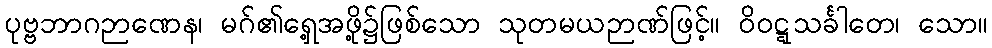
ပုဗ္ဗဘာဂဉာဏေန၊ မဂ်၏ရှေ့အဖို့၌ဖြစ်သော သုတမယဉာဏ်ဖြင့်။ ဝိဝဋ္ဋသင်္ခါတေ၊ သော။